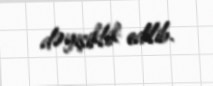
dəyişiklik edilib.